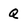
Character: Q